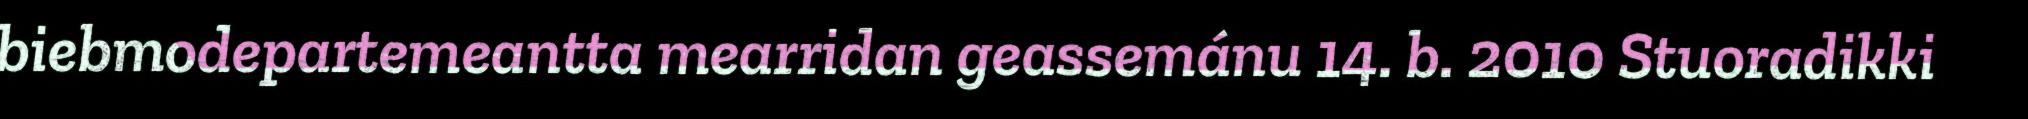
biebmodepartemeantta mearridan geassemánu 14. b. 2010 Stuoradikki